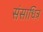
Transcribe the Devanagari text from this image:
संसाधित्र